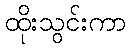
ထိုးသွင်းကာ